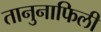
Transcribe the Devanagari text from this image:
तानुनाफिली